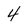
Character: 4